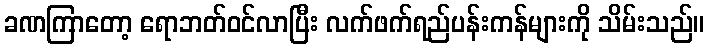
ခဏကြာတော့ ရောဘတ်ဝင်လာပြီး လက်ဖက်ရည်ပန်းကန်များကို သိမ်းသည်။